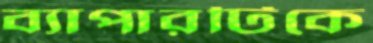
ব্যাপারটিকে